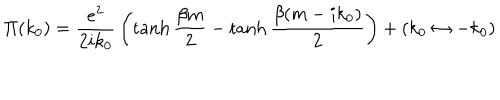
\Pi ( k _ { 0 } ) = { \frac { e ^ { 2 } } { 2 i k _ { 0 } } } \left( \tanh { \frac { \beta m } { 2 } } - \tanh { \frac { \beta ( m - i k _ { 0 } ) } { 2 } } \right) + ( k _ { 0 } \leftrightarrow - k _ { 0 } )